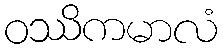
ဝဿိကမာလံ